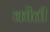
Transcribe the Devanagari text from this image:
कोंती